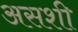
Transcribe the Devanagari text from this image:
असशी